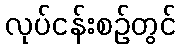
လုပ်ငန်းစဉ်တွင်